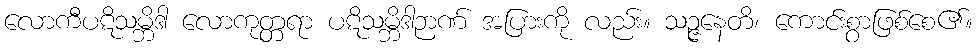
လောကီပဋိသမ္ဘိဒါ လောကုတ္တရာ ပဋိသမ္ဘိဒါဉာဏ် အပြားကို လည်း။ သဉ္ဇနေတိ၊ ကောင်းစွာဖြစ်စေ၏။